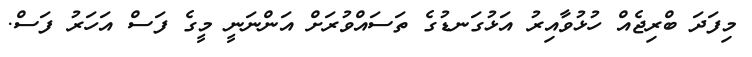
މިފަދަ ބްރިޖެއް ހުޅުވާއިރު އަޅުގަނޑުގެ ތަސައްވުރަށް އަންނަނީ މީގެ ފަސް އަހަރު ފަސް.